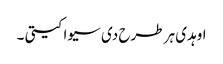
اوہدی ہر طرح دی سیوا کیتی ۔